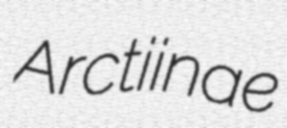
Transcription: Arctiinae